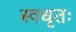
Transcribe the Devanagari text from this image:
स्वधृतः